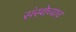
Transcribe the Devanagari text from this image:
संस्थेच्याच